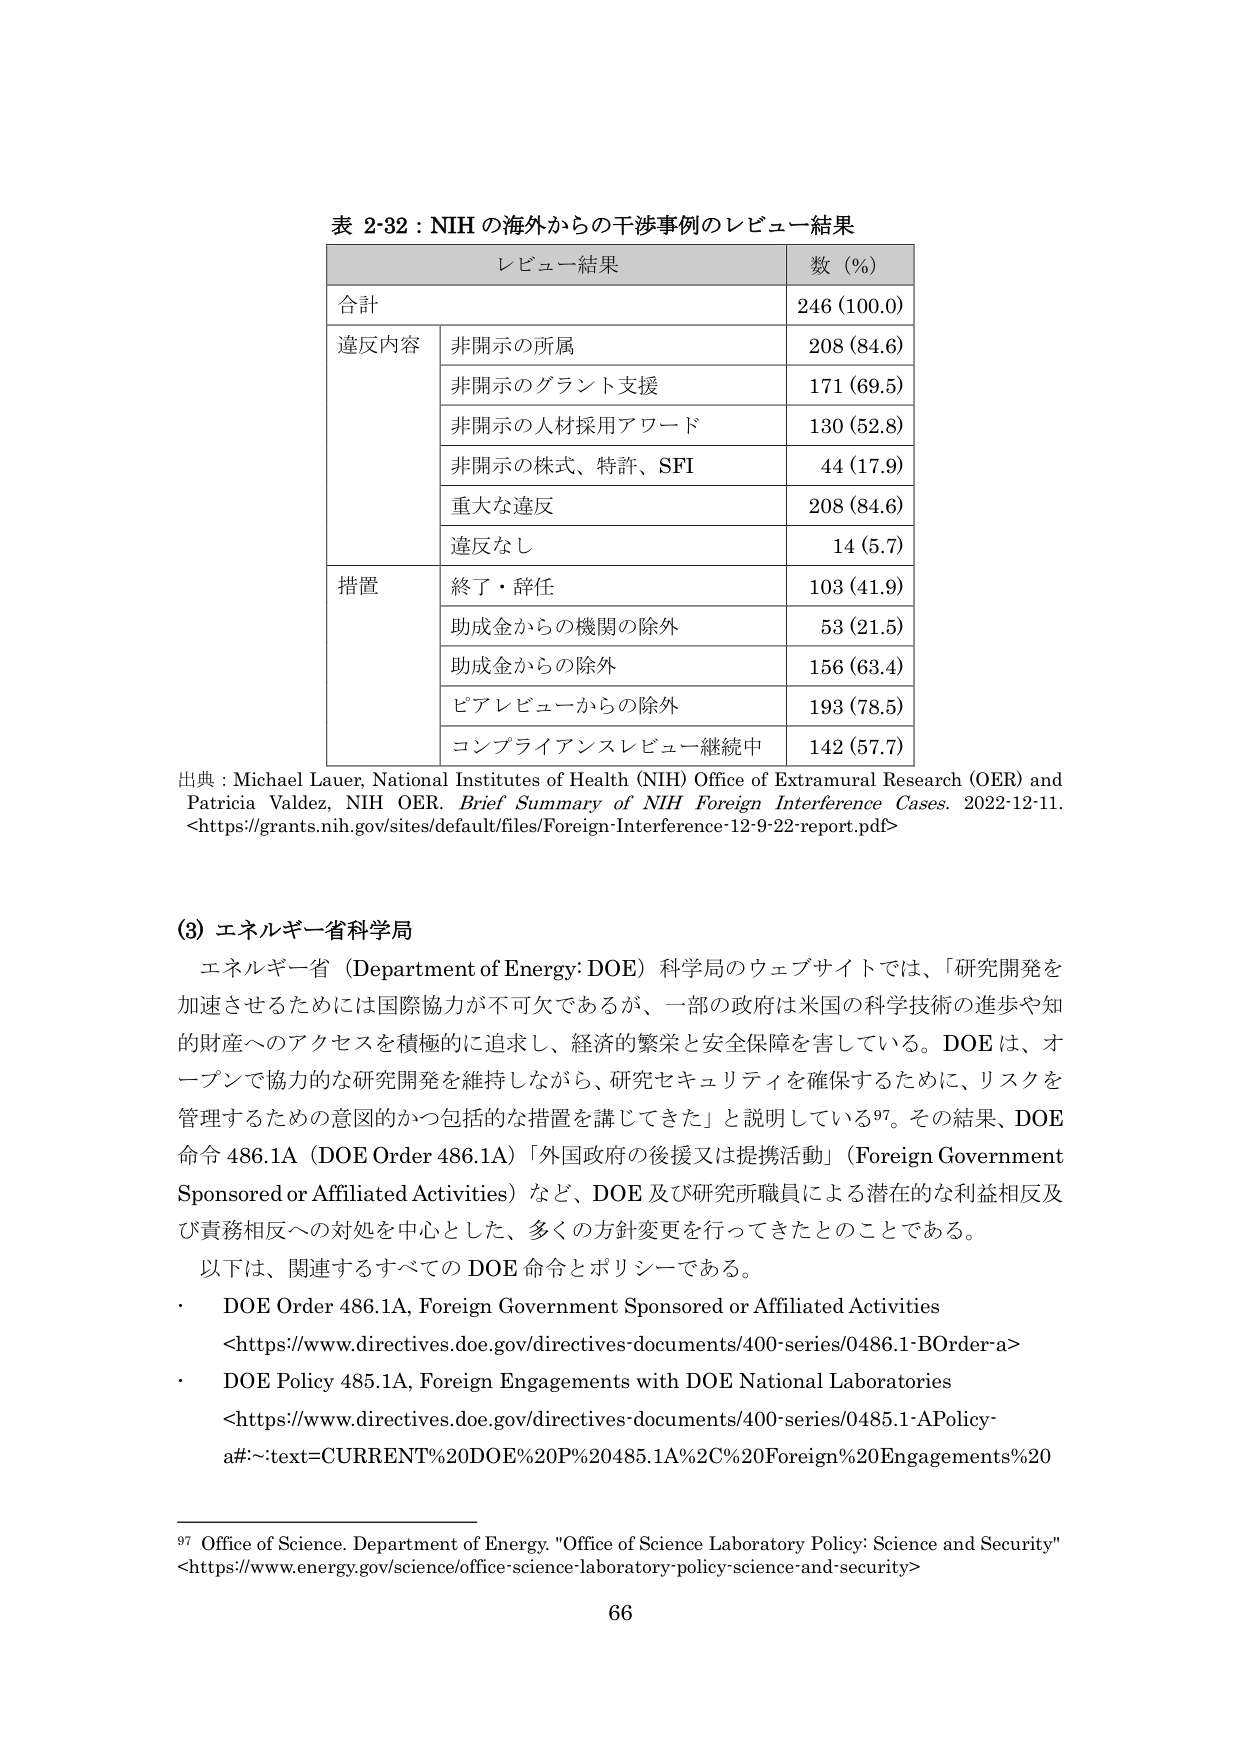
表 2-32：NIH の海外からの干渉事例のレビュー結果

レビュー結果 数（%）
合計 246（100.0）
違反内容 非開示の所属 208（84.6）
非開示のグラント支援 171（69.5）
非開示の人材採用アワード 130（52.8）
非開示の株式、特許、SFI 44（17.9）
重大な違反 208（84.6）
違反なし 14（5.7）
措置 終了・辞任 103（41.9）
助成金からの機関の除外 53（21.5）
助成金からの除外 156（63.4）
ピアレビューからの除外 193（78.5）
コンプライアンスレビュー継続中 142（57.7）

出典：Michael Lauer, National Institutes of Health (NIH) Office of Extramural Research (OER) and Patricia Valdez, NIH OER. Brief Summary of NIH Foreign Interference Cases. 2022-12-11. <https://grants.nih.gov/sites/default/files/Foreign-Interference-12-9-22-report.pdf>

(3) エネルギー省科学局

エネルギー省（Department of Energy: DOE）科学局のウェブサイトでは、「研究開発を加速させるためには国際協力が不可欠であるが、一部の政府は米国の科学技術の進歩や知的財産へのアクセスを積極的に追求し、経済的繁栄と安全保障を害している。DOE は、オープンで協力的な研究開発を維持しながら、研究セキュリティを確保するために、リスクを管理するための意図的かつ包括的な措置を講じてきた」と説明している97。その結果、DOE 命令 486.1A（DOE Order 486.1A）「外国政府の後援又は提携活動」（Foreign Government Sponsored or Affiliated Activities）など、DOE 及び研究所職員による潜在的な利益相反及び責務相反への対処を中心とした、多くの方針変更を行ってきたとのことである。

以下は、関連するすべての DOE 命令とポリシーである。
・ DOE Order 486.1A, Foreign Government Sponsored or Affiliated Activities
<https://www.directives.doe.gov/directives-documents/400-series/0486.1-BOrder-a>
・ DOE Policy 485.1A, Foreign Engagements with DOE National Laboratories
<https://www.directives.doe.gov/directives-documents/400-series/0485.1-APolicy-a#:-:text=CURRENT%20DOE%20P%20485.1A%2C%20Foreign%20Engagements%20

97 Office of Science. Department of Energy. "Office of Science Laboratory Policy: Science and Security" <https://www.energy.gov/science/office-science-laboratory-policy-science-and-security>

66